Insane asylums Bombay 1873-77 - 1873-1877
Year: 1873
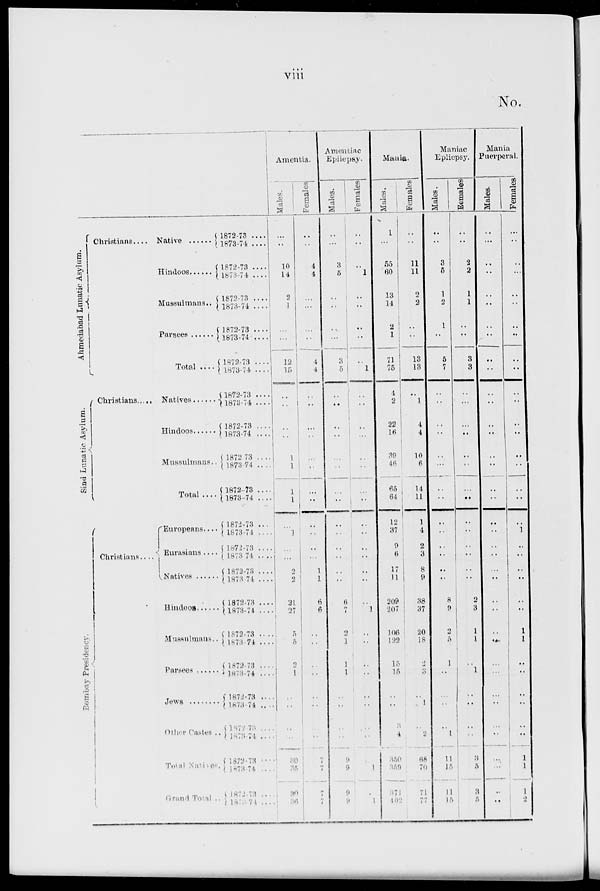
viii
No.
Ahmedabad Lunatic Asylum.
Sind Lunatic Asylum.
Bombay Presidency.
Christians .... Native ......
Hindoos ......
Mussulmans..
Parsees ......
Total ....
Christians...... Natives ......
Hindoos .......
Mussulmans..
Total ....
Christians....
Europeans....
Eurasians....
Natives ......
Hindoos ......
Mussulmans..
Parsees ......
Jews ........
Other Castes ..
Total Natives.
Grand Total ..
1872-73 ....
1873-74 ....
1872-73 ....
1873-74 ....
1872-73 ....
1873-74 ....
1872-73 ....
1873-74 ....
1872-73 ....
1873-74 ....
1872-73 ....
1873-74 ....
1872-73 ....
1873-74 ....
1872-73 ....
1873-74 ....
1872-73 ....
1873-74 ....
1872-73 ....
1873-74 ....
1872-73 ....
1873-74 ....
1872-73 ....
1873-74 ....
1872-73 ....
1873-74 ....
1872-73 ....
1873-74 ....
1872-73 ....
1873-74 ....
1872-73 ....
1873-74 ....
1872-73 ....
1873-74 ....
1872-73 ....
1873-74 ....
1872-73 ....
1873-74 ....
Amentia.
Males.
..
..
10
14
2
1
..
...
12
15
..
..
..
..
1
1
1
1
..
1
..
...
2
2
21
27
5
5
2
1
..
..
..
..
30
35
30
36
Females.
..
..
4
4
..
...
...
..
4
4
..
..
..
..
..
..
..
..
..
..
..
...
1
1
6
6
..
..
..
..
..
..
..
..
7
7
7
7
Amentiac
Epilepsy.
Males.
..
...
3
5
..
..
..
...
3
5
..
..
..
..
..
..
..
..
..
..
..
..
..
..
6
7
2
1
1
1
..
..
..
..
9
9
9
9
Females.
..
..
..
1
..
..
..
..
..
1
..
..
..
...
..
..
..
..
..
..
..
..
..
..
..
1
..
..
..
..
..
..
..
..
..
1
..
1
Mania.
Males.
1
...
55
60
13
14
2
1
71
75
4
2
22
16
39
46
65
64
12
37
9
6
17
11
209
207
106
122
15
15
..
..
3
4
350
359
371
402
Females.
..
..
11
11
2
2
..
..
13
13
..
1
4
4
10
6
14
11
1
4
2
3
8
9
38
37
20
18
2
3
..
1
..
2
68
70
71
77
Maniac
Epliepsy.
Males.
..
..
3
5
1
2
1
..
5
7
..
..
..
..
..
...
..
..
..
..
..
..
..
..
8
9
2
5
1
..
..
..
..
1
11
15
11
15
Females
..
..
2
2
1
1
..
..
3
3
..
...
..
..
..
..
..
..
..
..
..
..
..
..
2
3
1
1
..
1
..
..
..
..
3
5
3
5
Mania
Puerperal.
Males.
..
...
..
..
..
..
..
..
..
..
..
..
..
..
..
..
..
..
..
..
..
..
..
..
..
..
..
..
..
...
...
..
..
..
...
...
..
..
Females.
..
..
..
...
..
..
..
..
..
..
..
..
..
..
..
..
..
..
..
1
..
..
..
..
..
..
1
1
..
..
..
..
..
..
1
1
1
2